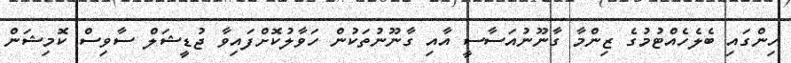
ހިންގައި ބެލެހެއްޓުމުގެ ޒިންމާ ގާނޫނުއަސާސީ އާއި ގާނޫނުތަކުން ހަވާލުކޮށްފައިވާ ޖުޑީޝަލް ސާވިސް ކޮމިޝަން